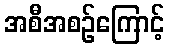
အစီအစဉ်ကြောင့်